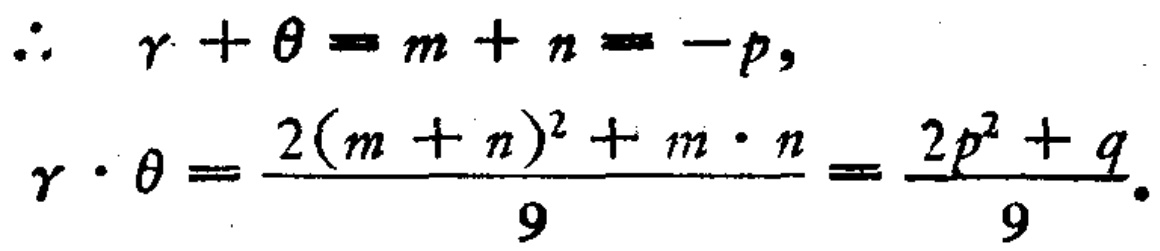
\[\begin{align*}
\therefore\quad \gamma+\theta&=m + n=-p,\\
\gamma\cdot\theta&=\frac{2(m + n)^{2}+m\cdot n}{9}=\frac{2p^{2}+q}{9}.
\end{align*}\]